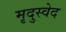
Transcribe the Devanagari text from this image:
मृदुस्वेद